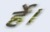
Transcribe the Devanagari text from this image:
र्हे।